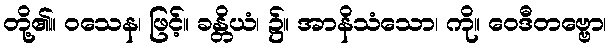
တို့၏။ ဝသေန၊ ဖြင့်။ ခန္တိယံ၊ ၌။ အာနိသံသော၊ ကို။ ဝေဒီတဗ္ဗော၊